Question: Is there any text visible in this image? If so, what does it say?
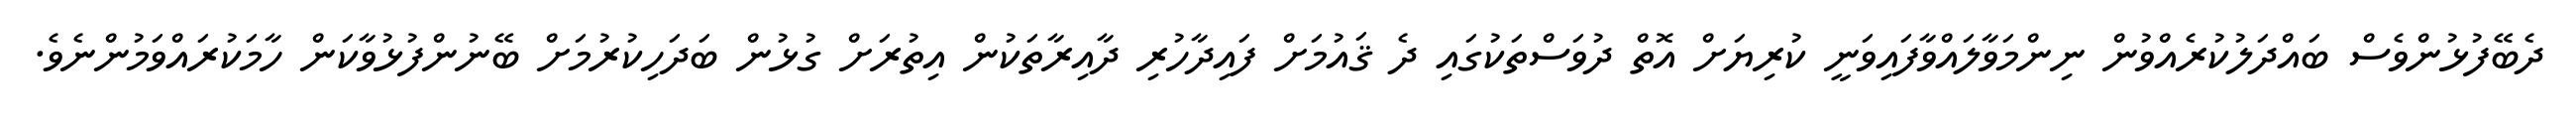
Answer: ދެބޭފުޅުންވެސް ބައްދަލުކުރެއްވުން ނިންމަވާލައްވާފައިވަނީ ކުރިޔަށް އޮތް ދުވަސްތަކުގައި ދެ ޤައުމަށް ފައިދާހުރި ދާއިރާތަކުން އިތުރަށް ގުޅުން ބަދަހިކުރުމަށް ބޭނުންފުޅުވާކަން ހާމަކުރައްވަމުންނެވެ.